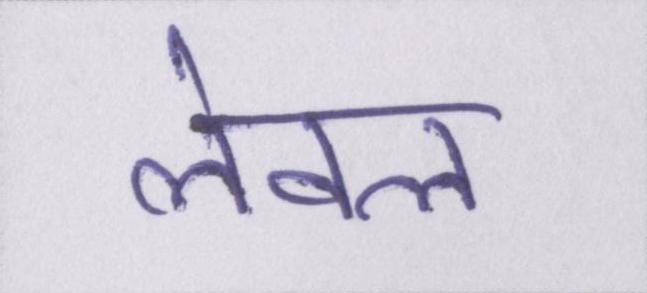
लेवल